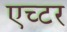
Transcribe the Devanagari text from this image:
एच्टर